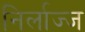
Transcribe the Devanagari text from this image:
निर्लाज्ज